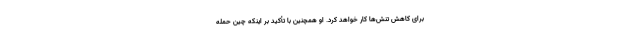
برای کاهش تنش‌ها کار خواهد کرد. او همچنین با تأکید بر اینکه چین حمله